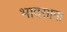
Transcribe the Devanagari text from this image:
भादसाना